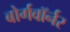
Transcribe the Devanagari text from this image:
बोर्गवॉर्नर